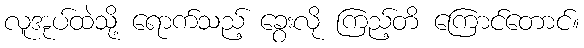
လူအုပ်ထဲသို့ ရောက်သည့် ခွေးလို ကြည့်တိ ကြောင်တောင်။